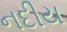
નદીય